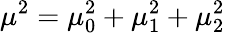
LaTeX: \mu^{2}=\mu_{0}^{2}+\mu_{1}^{2}+\mu_{2}^{2}